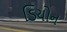
ડિયોન